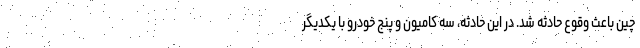
چین باعث وقوع حادثه‌ شد. در این حادثه، سه کامیون و پنج خودرو با یکدیگر